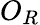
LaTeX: O_{R}